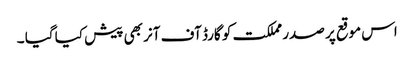
اس موقع پر صدر مملکت کو گارڈ آف آنر بھی پیش کیا گیا ۔